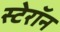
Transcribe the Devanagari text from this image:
स्टेरॉन